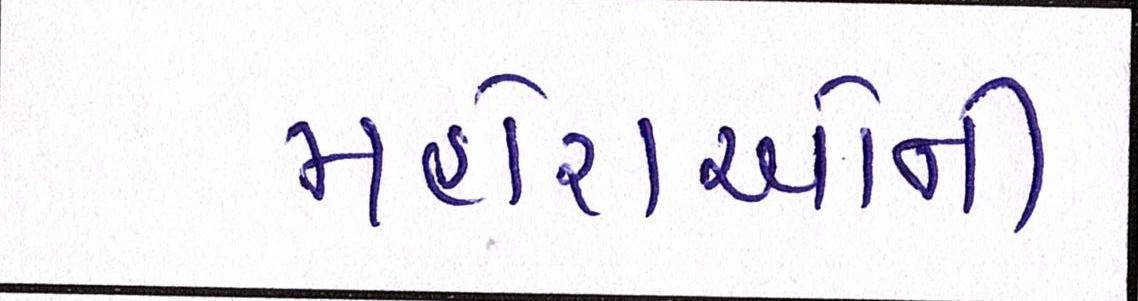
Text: મહોરાઓની